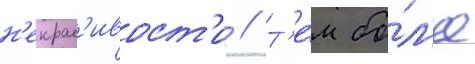
н'екрас'ивост'и // Т'е́м бо́л'ее